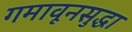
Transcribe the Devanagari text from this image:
गमावूनसुद्धा